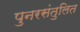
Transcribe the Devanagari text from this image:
पुनरसंतुलित